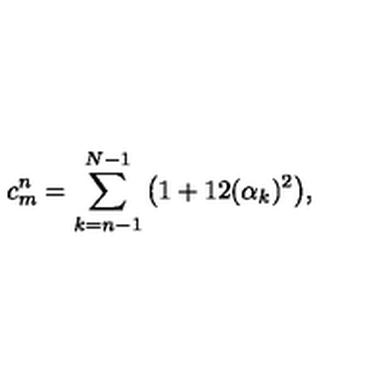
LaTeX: c _ { m } ^ { n } = \sum _ { k = n - 1 } ^ { N - 1 } \big ( 1 + 1 2 ( \alpha _ { k } ) ^ { 2 } \big ) ,